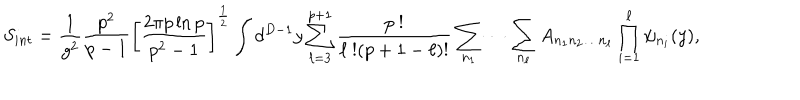
LaTeX: S _ { i n t } = \frac { 1 } { g ^ { 2 } } \frac { p ^ { 2 } } { p - 1 } \left[ \frac { 2 \pi p \ln p } { p ^ { 2 } - 1 } \right] ^ { \frac { 1 } { 2 } } \int d ^ { D - 1 } y \sum _ { \ell = 3 } ^ { p + 1 } \frac { p \ ! } { \ell \ ! ( p + 1 - \ell ) ! } \sum _ { n _ { 1 } } \cdots \sum _ { n _ { \ell } } A _ { n _ { 1 } n _ { 2 } \dots n _ { \ell } } \prod _ { i = 1 } ^ { \ell } \psi _ { n _ { i } } ( y ) ,